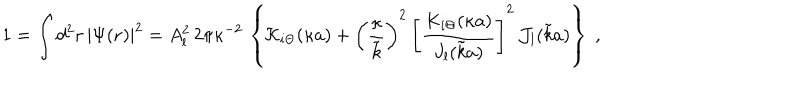
1 = \int d ^ { 2 } { \bf r } \, | \Psi ( { \bf r } ) | ^ { 2 } = A _ { l } ^ { 2 } \, 2 \pi \kappa ^ { - 2 } \, \left\{ { \mathcal K } _ { i \Theta } ( \kappa a ) + \left( \frac { \kappa } { \tilde { k } } \right) ^ { 2 } \, \left[ \frac { K _ { i \Theta } ( \kappa a ) } { J _ { l } ( \tilde { k } a ) } \right] ^ { 2 } \, { \mathcal J _ { l } } ( \tilde { k } a ) \right\} \; ,